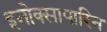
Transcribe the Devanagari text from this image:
इनोक्सापारिन